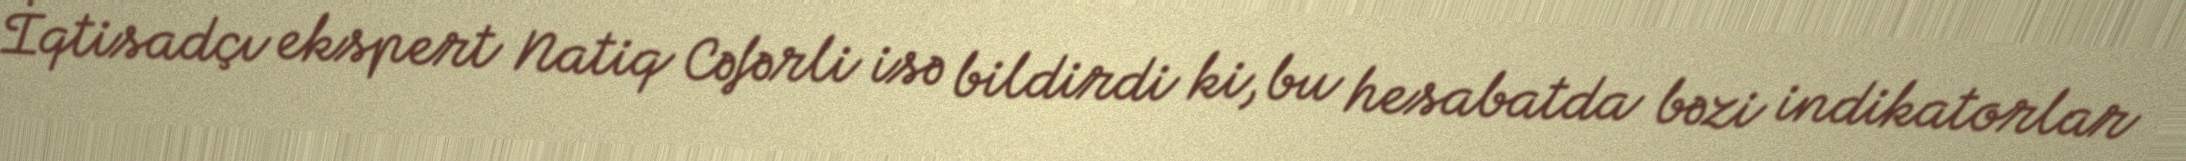
İqtisadçı ekspert Natiq Cəfərli isə bildirdi ki, bu hesabatda bəzi indikatorlar